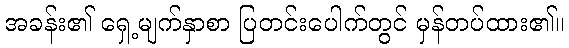
အခန်း၏ ရှေ့မျက်နှာစာ ပြတင်းပေါက်တွင် မှန်တပ်ထား၏။